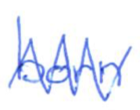
Text: born
Cross-out: zig-zag
Writing tool: ballpoint